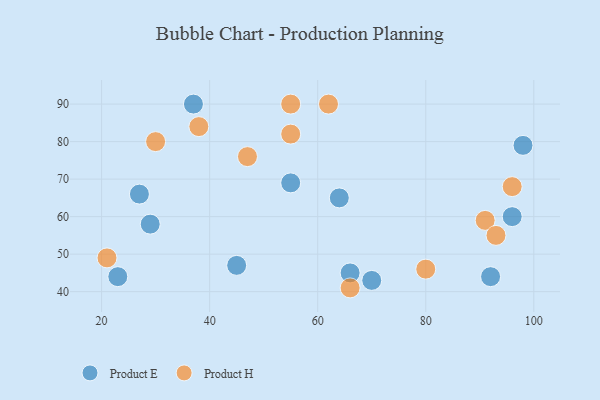
{"axis": {"x": "GDP", "y": "Life Expectancy"}, "legend": ["Product E", "Product H"], "data": [{"x": "66", "y": 45, "type": "Product E"}, {"x": "27", "y": 66, "type": "Product E"}, {"x": "29", "y": 58, "type": "Product E"}, {"x": "55", "y": 69, "type": "Product E"}, {"x": "23", "y": 44, "type": "Product E"}, {"x": "64", "y": 65, "type": "Product E"}, {"x": "45", "y": 47, "type": "Product E"}, {"x": "96", "y": 60, "type": "Product E"}, {"x": "98", "y": 79, "type": "Product E"}, {"x": "70", "y": 43, "type": "Product E"}, {"x": "37", "y": 90, "type": "Product E"}, {"x": "92", "y": 44, "type": "Product E"}, {"x": "62", "y": 90, "type": "Product H"}, {"x": "91", "y": 59, "type": "Product H"}, {"x": "55", "y": 90, "type": "Product H"}, {"x": "47", "y": 76, "type": "Product H"}, {"x": "30", "y": 80, "type": "Product H"}, {"x": "96", "y": 68, "type": "Product H"}, {"x": "66", "y": 41, "type": "Product H"}, {"x": "38", "y": 84, "type": "Product H"}, {"x": "55", "y": 82, "type": "Product H"}, {"x": "93", "y": 55, "type": "Product H"}, {"x": "21", "y": 49, "type": "Product H"}, {"x": "80", "y": 46, "type": "Product H"}]}